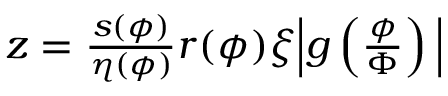
\begin{array} { r } { z = \frac { s ( \phi ) } { \eta ( \phi ) } r ( \phi ) \xi \Big | g \left( \frac { \phi } { \Phi } \right) \Big | } \end{array}